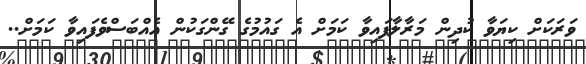
ވަރަކަށް ކިޔަވާ ކުދިން މަރާލާފައިވާ ކަމަށް އެ ގައުމުގެ ގޭންގަކުން އެއްބަސްވެފައިވާ ކަމަށް..